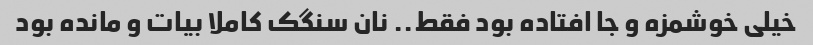
خیلی خوشمزه و جا افتاده بود فقط.. نان سنگک کاملا بیات و مانده بود